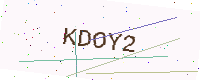
Text: KDOY2